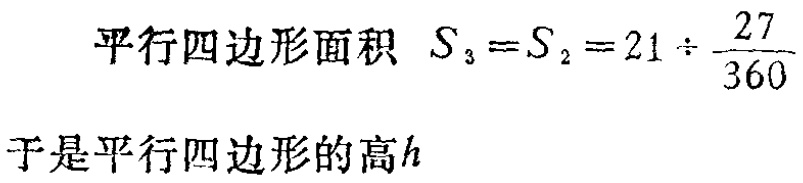
平行四边形面积 \(S_{3}=S_{2}=21\div \frac{27}{360}\)
于是平行四边形的高\(h\)